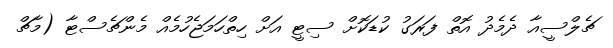
ޗެލްސީއާ ދެމެދު އޮތް ފަރަގު ކުޑަކޮށް ސިޓީ އަށް ހިތްހަމަޖެހުމެއް މެންޗެސްޓާ (މާޗް